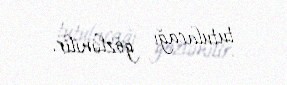
tutulacağı gözlənilir.